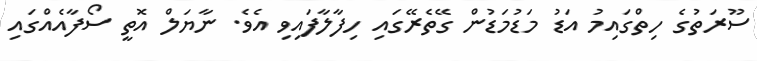
ސޫރަތުގެ ހިތްގައިމު އަޑު މަޑުމަޑުން ގޭތެރޭގައި ހިފާލާފައިވި އެވެ. ނާޔަލް އޮތީ ސޯފާއެއްގައި